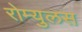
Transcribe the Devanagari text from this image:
रोम्युलस